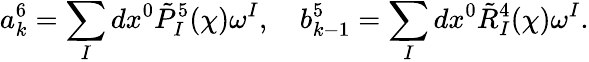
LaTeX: a_{k}^{6}=\sum_{I}dx^{0}\tilde{P}_{I}^{5}(\chi)\omega^{I},\quad b_{k-1}^{5}=\sum_{I}dx^{0}\tilde{R}_{I}^{4}(\chi)\omega^{I}.